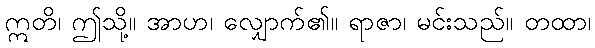
ဣတိ၊ ဤသို့။ အာဟ၊ လျှောက်၏။ ရာဇာ၊ မင်းသည်။ တထာ၊